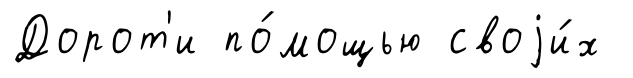
Дорот'и по́мощью своjи́х